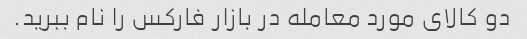
دو کالای مورد معامله در بازار فارکس را نام ببرید.